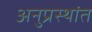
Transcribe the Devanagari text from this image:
अनुप्रस्थांत